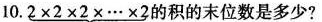
10. $$2 \times 2 \times 2 \times \cdots \times 2$$的积的末位数是多少?